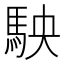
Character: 駚